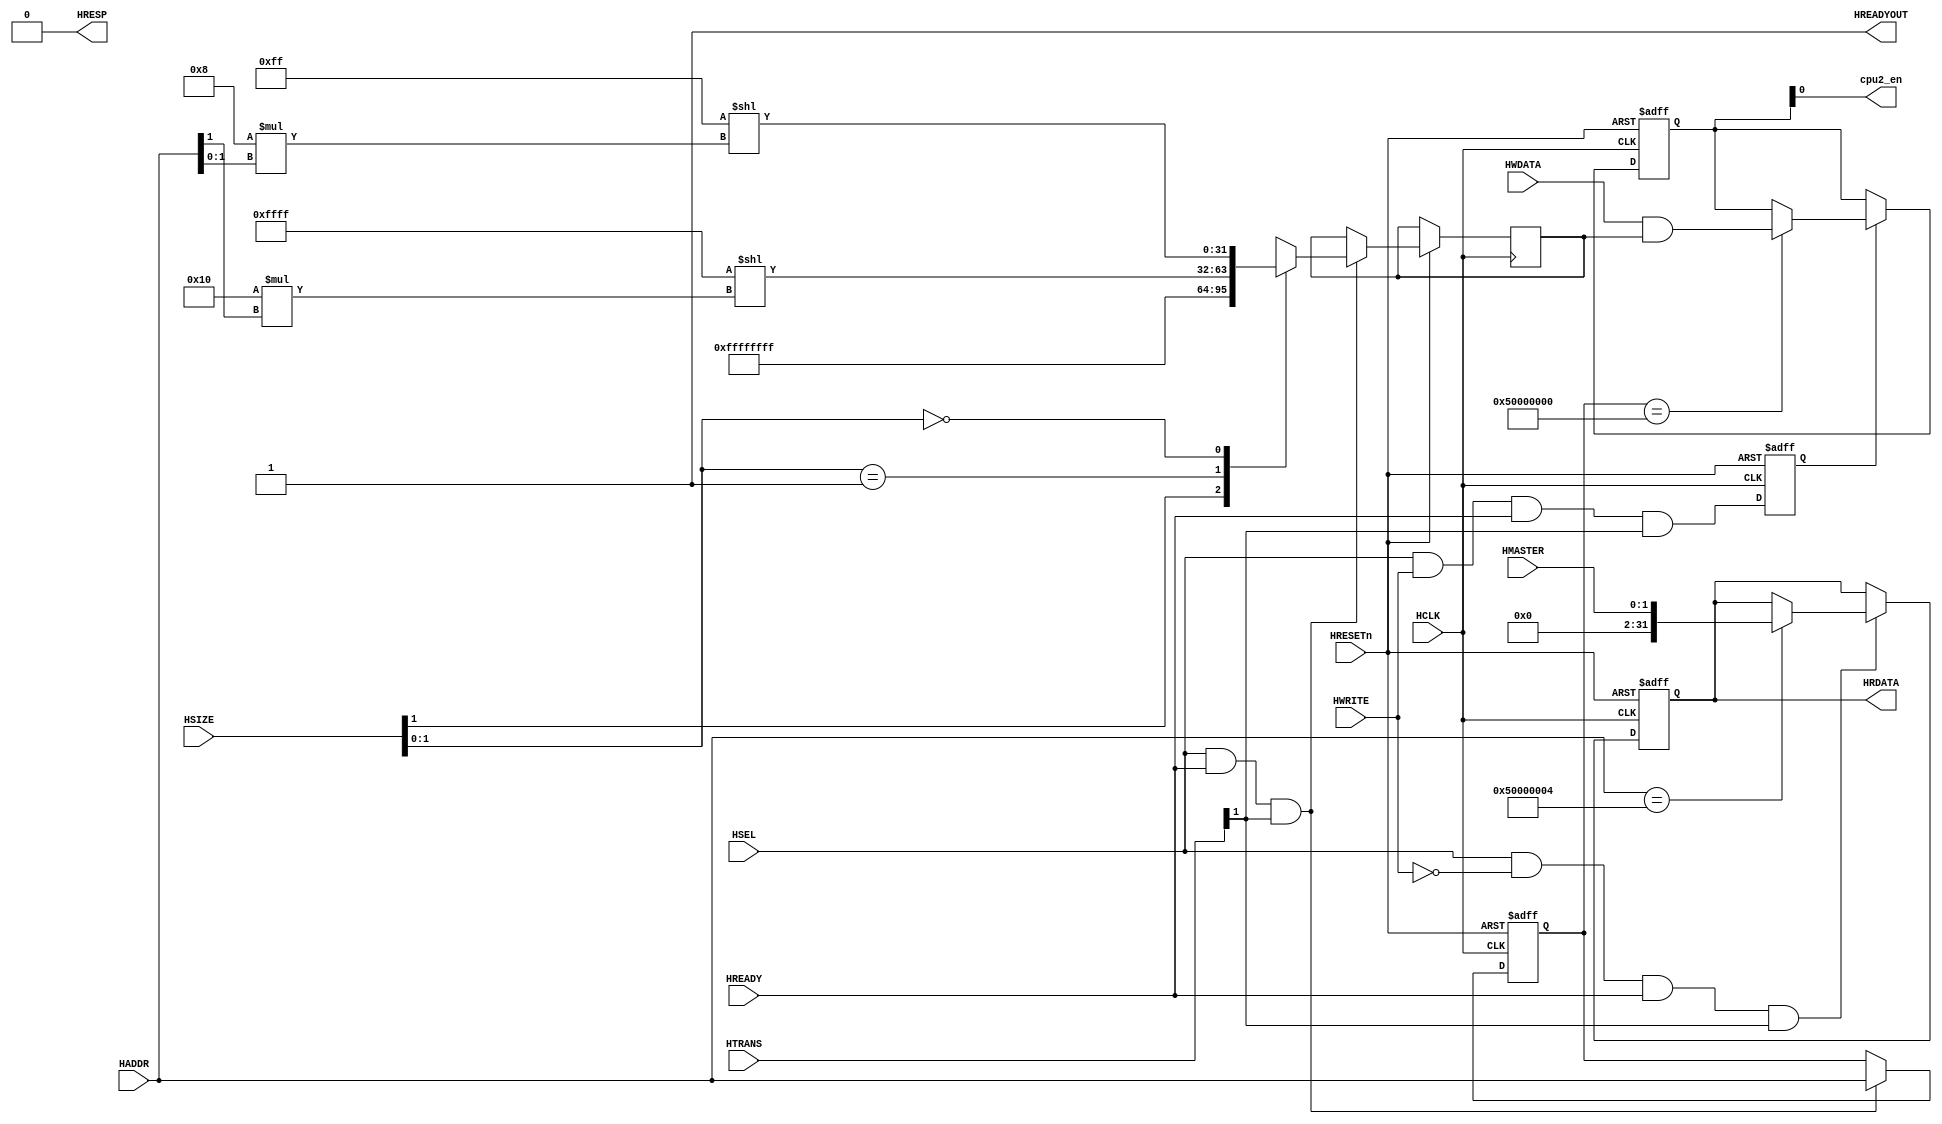
module cpu2_ctrl
(
input			wire			HSEL,
input			wire			HCLK,
input			wire			HRESETn,
input			wire			HREADY,
input			wire	[31:0]HADDR,
input			wire	[1:0]	HTRANS,
input			wire			HWRITE,
input			wire	[2:0]	HSIZE,
input			wire	[31:0]HWDATA,
output		wire			HREADYOUT,
output		wire	[31:0]HRDATA,
output		wire			HRESP,
output		wire			cpu2_en,
input			wire 	[1:0] HMASTER
);

assign HREADYOUT = 1'b1;
assign HRESP = 1'b0;
assign cpu2_en = cpu2_en_buf[0];

reg [31:0] hwdata_mask;
reg we;
reg [31:0] buf_hwaddr;
reg [31:0] buf_hrdata;
reg [31:0] cpu2_en_buf;

assign HRDATA = buf_hrdata;

always@(posedge HCLK or negedge HRESETn)	begin
	if(!HRESETn)	begin
		we <= 1'b0;
		buf_hwaddr <= 32'h0;
		buf_hrdata <= 32'b0;
		cpu2_en_buf <= 1'b0;
	end
	else	begin
		we <= HSEL & HWRITE & HREADY & HTRANS[1];
		if(HSEL & HREADY & HTRANS[1])	begin
			buf_hwaddr <= HADDR;
			casez(HSIZE[1:0])
				2'b1? : hwdata_mask <= 32'hFFFFFFFF;
				2'b01 : hwdata_mask <= (32'h0000FFFF << (16 * HADDR[1]));
				2'b00 : hwdata_mask <= (32'h000000FF << (8 * HADDR[1:0]));
			endcase
		end
		if(we)	begin
			if(buf_hwaddr == 32'h50000000)	begin
				cpu2_en_buf <= (HWDATA & hwdata_mask);
			end
		end
		if(HSEL & !HWRITE & HREADY & HTRANS[1])	begin
			if(HADDR == 32'h50000004)	begin
				buf_hrdata <= {30'h0, HMASTER};
			end
		end
	end
end

//always@(posedge HCLK or negedge HRESETn)	begin
//	if(!HRESETn)	begin
//		cpu2_en <= 1'b0;
//	end
//	else	begin
//		if(we)	begin
//			if(buf_hwaddr == 32'h50000000)	begin
//				cpu2_en <= (HWDATA & hwdata_mask);
//			end
//		end
//	end
//end
//
//always@(posedge HCLK or negedge HRESETn)	begin
//	if(!HRESETn)	begin
//		buf_hrdata <= 32'b0;
//	end
//	else	begin
//		if(HSEL & !HWRITE & HTRANS[1])	begin
//			if(HADDR == 32'h50000004)	begin
//				buf_hrdata <= {30'h0, HMASTER};
//			end
//		end
//	end
//end


endmodule